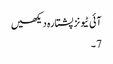
آئی ٹیونز پشتارہ دیکھیں
7 ۔